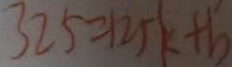
3 2 5 = 1 2 5 k + b